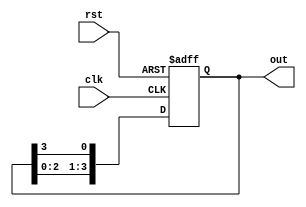
module RingCounter (
    input wire clk,
    input wire rst,
    output reg [3:0] out
);

reg [3:0] next_out;

always @(posedge clk or posedge rst) begin
    if (rst) begin
        out <= 4'b0000;
    end else begin
        out <= next_out;
    end
end

always @(*) begin
    next_out[0] = out[3];
    next_out[1] = out[0];
    next_out[2] = out[1];
    next_out[3] = out[2];
end

endmodule